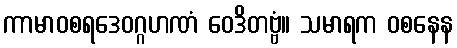
ကာမာဝစရဒေဝဂ္ဂဟဏံ ဝေဒိတဗ္ဗံ။ သမာရက ဝစနေန